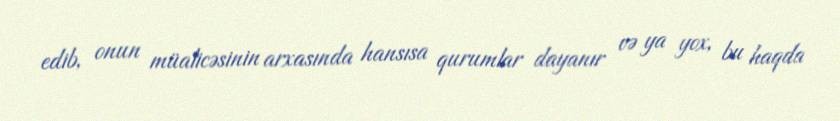
edib, onun müalicəsinin arxasında hansısa qurumlar dayanır və ya yox, bu haqda